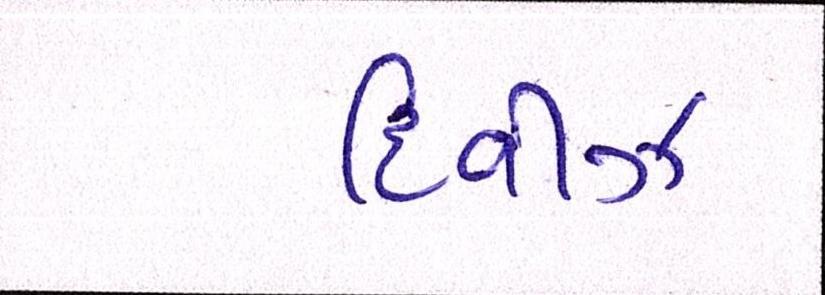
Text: દિવીઝ